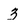
Character: 3